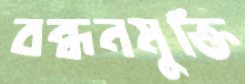
বন্ধনমুক্তি